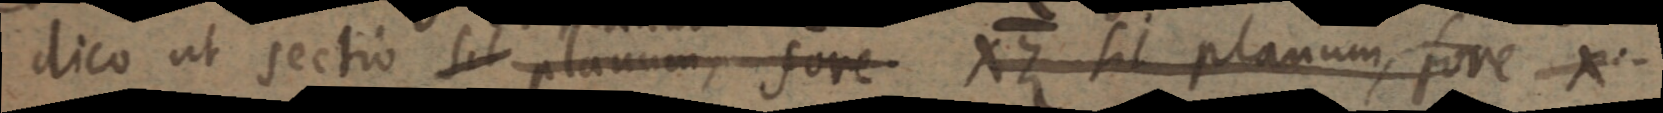
dico ut sectio sit planum, fore XZ sit planum, fore X: